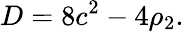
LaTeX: D=8c^{2}-4\rho_{2}.